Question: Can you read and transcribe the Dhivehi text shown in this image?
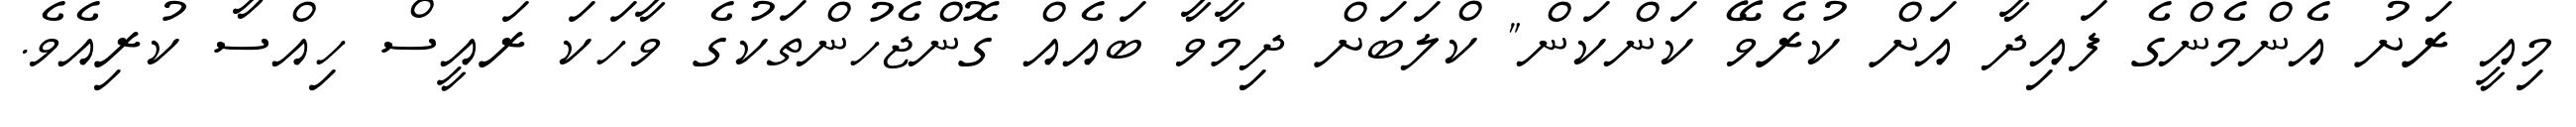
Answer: މިއީ ރަށު އެންމެންގެ ފައިދާ އަށް ކުރެވޭ ކަންކަން" ކްލަބަށް ދިމާވާ ބައެއް ގޮންޖެހުންތަކުގެ ވާހަކަ ރައީސް ހިއްސާ ކުރިއެވެ.